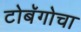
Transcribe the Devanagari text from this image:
टोबॅगोचा